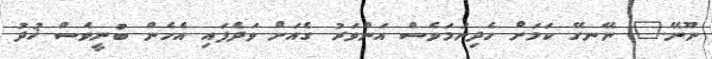
ނޫނޭ." ނޭނގޭ ކަމަށް ހެދިނަމަވެސް އަންވަރު ގެއަށް ވަދެފައި އެހެން ބުނީވެސް ޚުދު